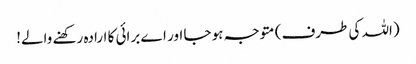
(اللہ کی طرف) متوجہ ہو جا اور اے برائی کا ارادہ رکھنے والے!